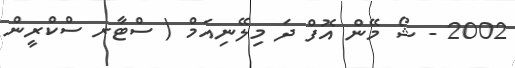
2002 - ޝޯ މޭން އޮފް ދަ މިލޭނިއަމް ( ސްޓާރ ސްކްރީން